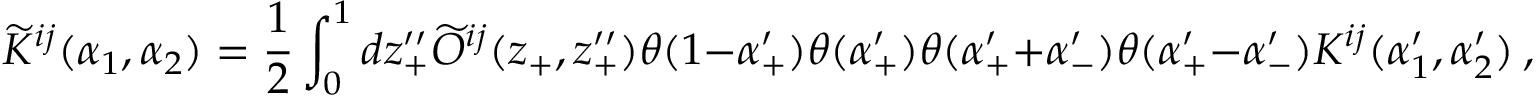
\widetilde { K } ^ { i j } ( \alpha _ { 1 } , \alpha _ { 2 } ) = \frac { 1 } { 2 } \int _ { 0 } ^ { 1 } d z _ { + } ^ { \prime \prime } \widetilde { O } ^ { i j } ( z _ { + } , z _ { + } ^ { \prime \prime } ) \theta ( 1 - \alpha _ { + } ^ { \prime } ) \theta ( \alpha _ { + } ^ { \prime } ) \theta ( \alpha _ { + } ^ { \prime } + \alpha _ { - } ^ { \prime } ) \theta ( \alpha _ { + } ^ { \prime } - \alpha _ { - } ^ { \prime } ) K ^ { i j } ( \alpha _ { 1 } ^ { \prime } , \alpha _ { 2 } ^ { \prime } ) ~ ,